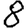
Digit: 8